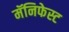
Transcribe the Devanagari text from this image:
मॅनिफेस्ट